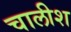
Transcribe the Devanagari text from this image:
चालीश